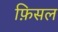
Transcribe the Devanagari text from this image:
फ़िसल